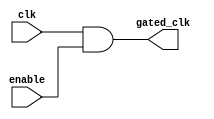
module clock_gating(
    input wire clk,                // Original clock signal
    input wire enable,             // Clock gating control signal (active-high)
    output wire gated_clk          // Gated clock output
);
    assign gated_clk = clk & enable; // Gating logic (AND gate)
endmodule